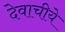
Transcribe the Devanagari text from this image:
देवाचीये